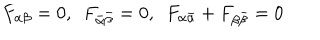
LaTeX: F _ { \alpha \beta } = 0 , \ \ F _ { \bar { \alpha } \bar { \beta } } = 0 , \ \ F _ { \alpha \bar { \alpha } } + F _ { \beta \bar { \beta } } = 0